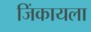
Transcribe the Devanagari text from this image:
जिंकायला